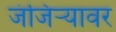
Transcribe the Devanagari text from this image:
जंजिऱ्यावर